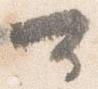
可